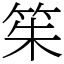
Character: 䇬